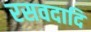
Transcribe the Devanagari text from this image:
रसवदादि